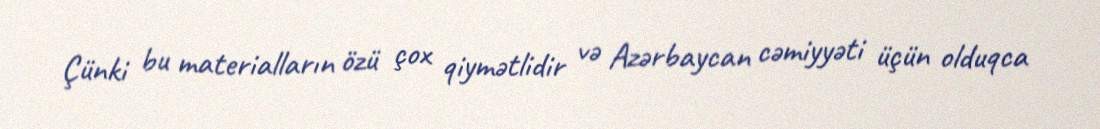
Çünki bu materialların özü çox qiymətlidir və Azərbaycan cəmiyyəti üçün olduqca